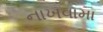
નાખવામા